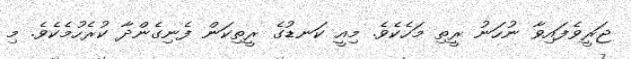
ޖަރީވެފައިވާ ނުހަނު ރީތި މަހެކެވެ. މިއީ ކަނޑުގެ ރީތިކަން ފެނިގެންދާ ކުރެހުމެކެވެ. މި